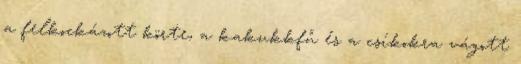
a felkockázott körte, a kakukkfű és a csíkokra vágott